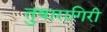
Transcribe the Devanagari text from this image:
तुषारागिरी